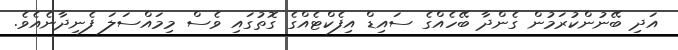
އަދި ބޭނުންކުރަމުން ގެންދާ ބޭހެއްގެ ސައިޑް އިފެކްޓެއްގެ ގޮތުގައި ވެސް މިމައްސަލަ ފެނިދާނެއެވެ.